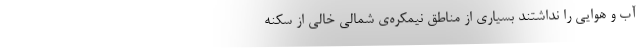
آب و هوایی را نداشتند بسیاری از مناطق نیمکره‌ی شمالی خالی از سکنه